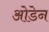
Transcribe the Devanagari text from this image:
ओडेन